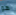
هو